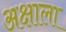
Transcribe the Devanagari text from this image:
अक्षाला